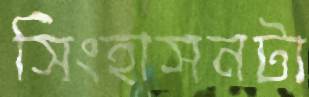
সিংহাসনটা